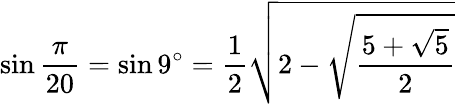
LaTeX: \sin{\frac{\pi}{20}}=\sin 9^{\circ}={\frac{1}{2}}{\sqrt{2-{\sqrt{\frac{5+{\sqrt{5}}}{2}}}}}